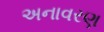
અનાવરણ